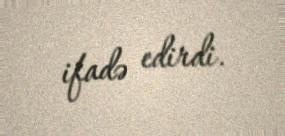
ifadə edirdi.